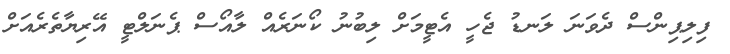
ފިލިޕިންސް ދެވަނަ ލަނޑު ޖެހީ އެޓީމަށް ލިބުނު ކޯނަރެއް ލާއޯސް ޕެނަލްޓީ އޭރިޔާތެރެއަށް